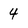
Character: 4